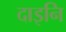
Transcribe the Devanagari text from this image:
दाइनि